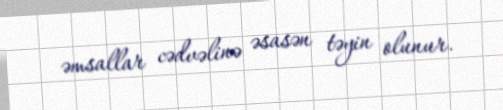
əmsallar cədvəlinə əsasən təyin olunur.